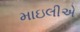
માઇલીએ